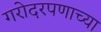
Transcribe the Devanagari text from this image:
गरोदरपणाच्या